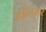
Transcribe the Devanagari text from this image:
घड़ीनुसार